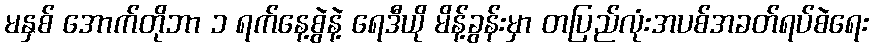
မနှစ် အောက်တိုဘာ ၁ ရက်နေ့စွဲနဲ့ ရေဒီယို မိန့်ခွန်းမှာ တပြည်လုံးအပစ်အခတ်ရပ်စဲရေး